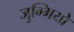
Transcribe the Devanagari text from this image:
जुग्गियों